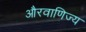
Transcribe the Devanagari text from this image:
औरवाणिज्य